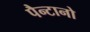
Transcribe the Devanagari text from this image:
पैन्टानो